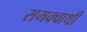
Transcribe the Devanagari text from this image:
समक्वाथी